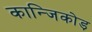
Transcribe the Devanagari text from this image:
कान्जिकोड़